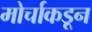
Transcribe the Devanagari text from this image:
मोर्चाकडून